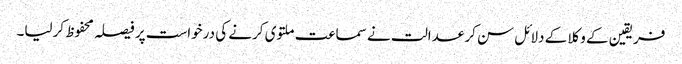
فریقین کے وکلا کے دلائل سن کر عدالت نے سماعت ملتوی کرنے کی درخواست پر فیصلہ محفوظ کرلیا۔